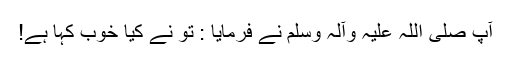
آپ صلی اللہ علیہ وآلہ وسلم نے فرمایا : تو نے کیا خوب کہا ہے!